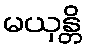
မယှန္တိ